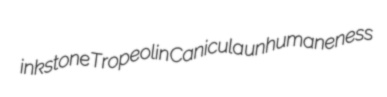
inkstone Tropeolin Canicula unhumaneness